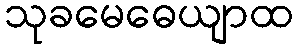
သုခမေဓေယျာထ